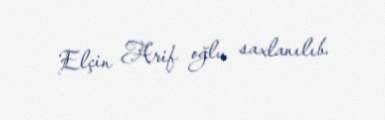
Elçin Arif oğlu saxlanılıb.